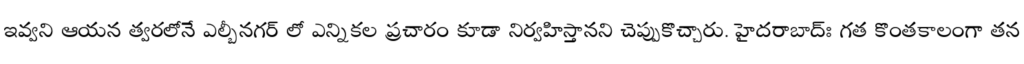
ఇవ్వని ఆయన త్వరలోనే ఎల్బీనగర్ లో ఎన్నికల ప్రచారం కూడా నిర్వహిస్తానని చెప్పుకొచ్చారు. హైదరాబాద్ః గత కొంతకాలంగా తన